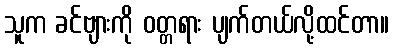
သူက ခင်ဗျားကို ဝတ္တရား ပျက်တယ်လို့ထင်တာ။